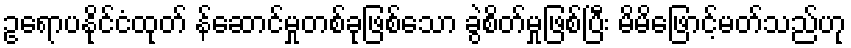
ဥရောပနိုင်ငံထုတ် န်ဆောင်မှုတစ်ခုဖြစ်သော ခွဲစိတ်မှုဖြစ်ပြီး မိမိဖြောင့်မတ်သည်ဟု